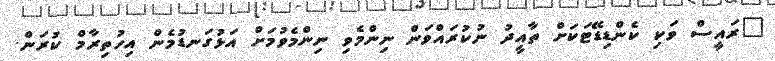
"ރައީސް ވަކި ކެންޑިޑޭޓަކަށް ތާއީދު ނުކުރައްވަން ނިންމެވި ނިންމެވުމަށް އަޅުގަނޑުމެން އިހުތިރާމް ކުރަން.